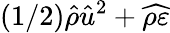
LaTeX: (1/2)\hat{\rho}\hat{u}^{2}+\widehat{\rho\varepsilon}